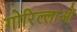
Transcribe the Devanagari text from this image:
गोरिल्लाओं